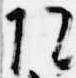
院